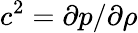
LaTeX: c^{2}=\partial p/\partial\rho